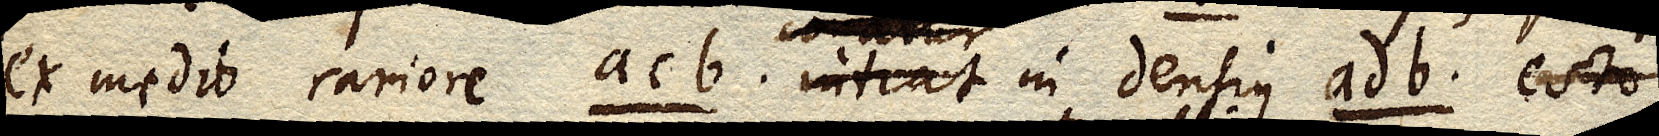
ex medio rariore acb. intrat in densius adb., esto